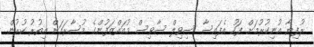
ރުފިޔާ އުނިކުރުމަށް ފަހު އެފައިސާ ސިވިލް ސާވިސް މުއައްޒަފުންގެ މުސާރައަށް އިތުރު ކުރުން.